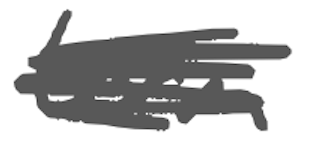
Text: term
Cross-out: mix
Writing tool: digital_gray